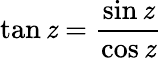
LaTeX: \tan\mathit{z}=\frac{{\sin\mathit{z}}}{{\cos\mathit{z}}}